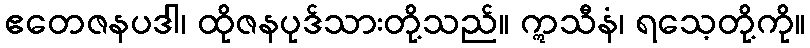
ဧတေဇနပဒါ၊ ထိုဇနပုဒ်သားတို့သည်။ ဣသီနံ၊ ရသေ့တို့ကို။